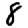
Digit: 8